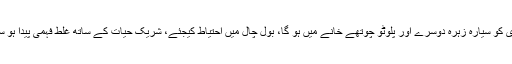
28فروری کو سیارہ زہرہ دوسرے اور پلوٹو چوتھے خانے میں ہو گا، بول چال میں احتیاط کیجئے، شریک حیات کے ساتھ غلط فہمی پیدا ہو سکتی ہے۔